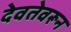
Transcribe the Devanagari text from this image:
देवतेवरून